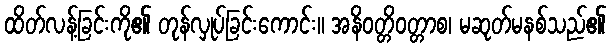
ထိတ်လန့်ခြင်းကို၏ တုန်လှုပ်ခြင်းကောင်း။ အနိဝတ္တိဝတ္တာစ၊ မဆုတ်မနစ်သည်၏